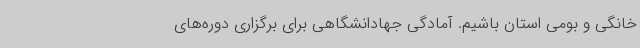
خانگی و بومی استان باشیم. آمادگی جهادانشگاهی برای برگزاری دوره‌های